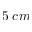
5 \; c m